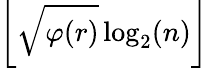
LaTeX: \left\lfloor{\sqrt{\varphi(r)}}\log_{2}(n)\right\rfloor